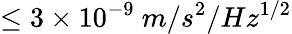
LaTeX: \leq 3\times 10^{-9}\ m/s^{2}/Hz^{1/2}